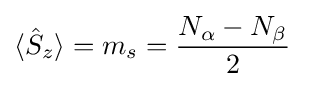
\langle {\hat {S}}_{z}\rangle =m_{s}={\frac {N_{\alpha }-N_{\beta }}{2}}\quad